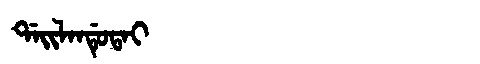
Manchu: ᡩᠠᡳᠯᠠᠨᡩᡠᡨᠠᡳ
Romanization: DAILANDUTAI